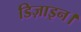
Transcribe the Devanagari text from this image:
डिज़ाइन।